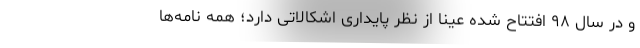
و در سال ۹۸ افتتاح شده عینا از نظر پایداری اشکالاتی دارد؛ همه نامه‌ها